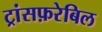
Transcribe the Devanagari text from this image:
ट्रांसफ़रेबिल